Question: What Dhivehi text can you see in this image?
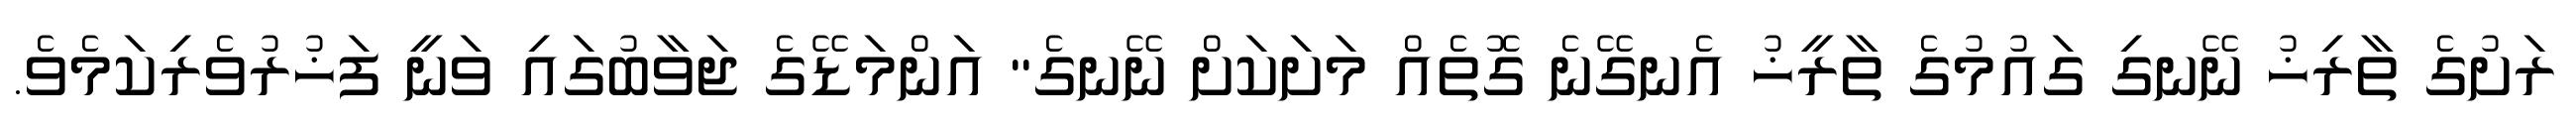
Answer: ރަށުގެ ތާރިޚު ނޭނގި ގައުމުގެ ތާރީޚު އެނގޭނެ ގޮތެއް މަށަކަށް ނޭނގެ" އަންމަޑޭގެ ޖަވާބުގައި ވަނީ ފަޚުރުވެރިކަމެވެ.